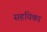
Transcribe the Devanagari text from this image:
सहयिका